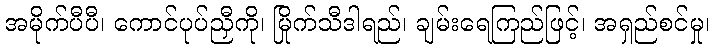
အမိုက်ပီပီ၊ ကောင်ပုပ်ညှီကို၊ မြိုက်သီဒါရည်၊ ချမ်းရေကြည်ဖြင့်၊ အရှည်စင်မှု၊